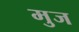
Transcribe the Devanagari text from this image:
मुज